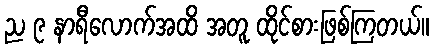
ည ၉ နာရီလောက်အထိ အတူ ထိုင်စားဖြစ်ကြတယ်။